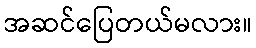
အဆင်ပြေတယ်မလား။